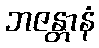
ဘဇန္တာနံ